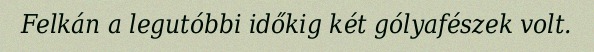
Felkán a legutóbbi időkig két gólyafészek volt.